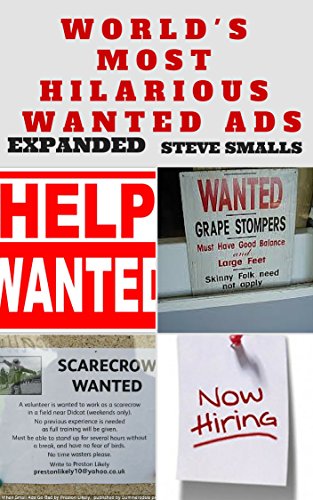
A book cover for Memes: World's Most Hilarious Wanted Ads! (Memes, Wanted Ads, Minecraft, Wimpy Steve, Trucks); Steve Smalls; Crafts, Hobbies & Home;